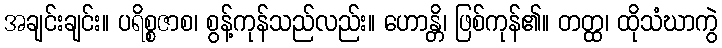
အချင်းချင်း။ ပရိစ္စဇာစ၊ စွန့်ကုန်သည်လည်း။ ဟောန္တိ၊ ဖြစ်ကုန်၏။ တတ္ထ၊ ထိုသံဃာကွဲ